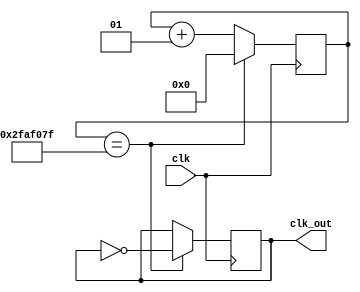
// Name: UJJWAL CHAUDAHRY, M. Tech., ESE [2023 - 2025], IISc Bengaluru
// SR No.: 22577
// Q3

module freq_divider #(parameter div_value=49999999) (
  input wire clk,      // Input clock at 100MHz
  output wire clk_out   // Output divided clock at ~1Hz
);

    integer count=0;     // 27-bit counter for a large division factor
    reg clk_out_temp=0;          // Output clock

    always @(posedge clk) begin
        if (count == div_value) begin
            count <= 0;
            clk_out_temp <= ~clk_out_temp; // Toggle output on every overflow
        end else begin
            count <= count + 1;
        end
    end

    assign clk_out = clk_out_temp;

endmodule